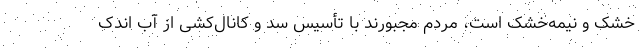
خشک و نیمه‌خشک است، مردم مجبورند با تأسیس سد و کانال‌کشی از آب اندک